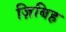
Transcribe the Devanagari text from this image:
ज़िबिह